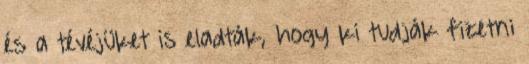
és a tévéjüket is eladták, hogy ki tudják fizetni